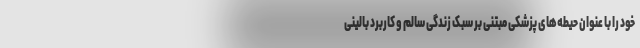
خود را با عنوان حیطه‌های پزشکی مبتنی بر سبک زندگی سالم و کاربرد بالینی